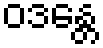
ဝဒန္တေ